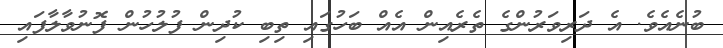
ބުނެއެވެ. އެ ދަރިވަރުންގެ ތެރެއިން އެއް ބަހުގައި ތިބި ކުދިން ފުލުހުން ފޮނުވާލާފައި